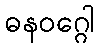
ဓနဝဂ္ဂေါ